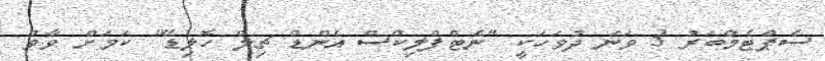
ސެޕްޓެމްބަރު 3 ވަނަ ދުވަހަކީ "ނެޓްފްލިކްސް އެންޑް ޗިލް ހޮލިޑޭ" ކަމަށް ވާވް